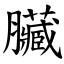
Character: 臟